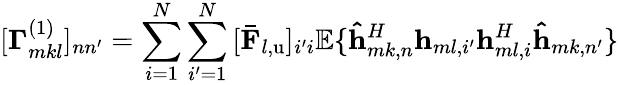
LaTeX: [\mathbf{\Gamma}_{mkl}^{\left(1\right)}]_{nn^{\prime}}=\sum_{i=1}^{N}{\sum_{i^{\prime}=1}^{N}{[\mathbf{\bar{F}}_{l,\mathrm{u}}]_{i^{\prime}i}\mathbb{E}\{ \mathbf{\hat{h}}_{mk,n}^{H}\mathbf{h}_{ml,i^{\prime}}\mathbf{h}_{ml,i}^{H}\mathbf{\hat{h}}_{mk,n^{\prime}}\} }}